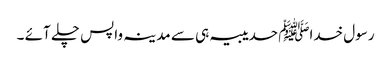
رسول خداﷺ حدیبیہ ہی سے مدینہ واپس چلے آئے ۔